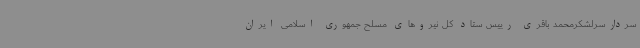
سردارسرلشکرمحمد باقری رییس ستاد کل نیروهای مسلح جمهوری اسلامی ایران